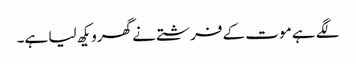
لگے ہے موت کے فرشتے نے گھرویکھ لیا ہے۔